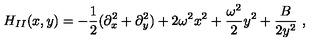
H _ { I I } ( x , y ) = - \frac { 1 } { 2 } ( \partial _ { x } ^ { 2 } + \partial _ { y } ^ { 2 } ) + 2 \omega ^ { 2 } x ^ { 2 } + \frac { \omega ^ { 2 } } { 2 } y ^ { 2 } + \frac { B } { 2 y ^ { 2 } } \ ,